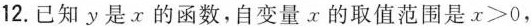
12.已知y是x的函数，自变量x的取值范围是$$x>0$$，